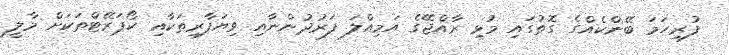
ފުރިހަމަ ބޭންކެއްގެ ގޮތުގައި މުޅި ރާއްޖޭގެ އަމިއްލަ ފަރުދުންނާއި ވިޔަފާރިތަކާއި ކޯޕަރޭޓްތަކަށް މާލީ